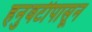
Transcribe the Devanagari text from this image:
हनुवटीपासून